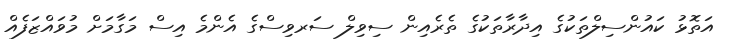
އަތޮޅު ކައުންސިލްތަކުގެ އިދާރާތަކުގެ ތެރެއިން ސިވިލް ސަރވިސްގެ އެންމެ އިސް މަގާމަށް މުވައްޒަފެއް